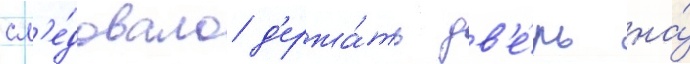
сл'е́довало д'ержа́ть дв'е́рь на́